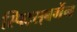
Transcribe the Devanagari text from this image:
स्पिट्स्‌बर्गेन